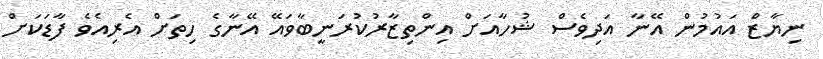
ނިޔާޒް އައުމުން އޭނާ އަދިވެސް ޝުހާއަށް އިންތިޒާރުކުރަނީބާވައޭ އޭނާގެ ހިތަށް އެރިއެވެ ފާޑަކަށް